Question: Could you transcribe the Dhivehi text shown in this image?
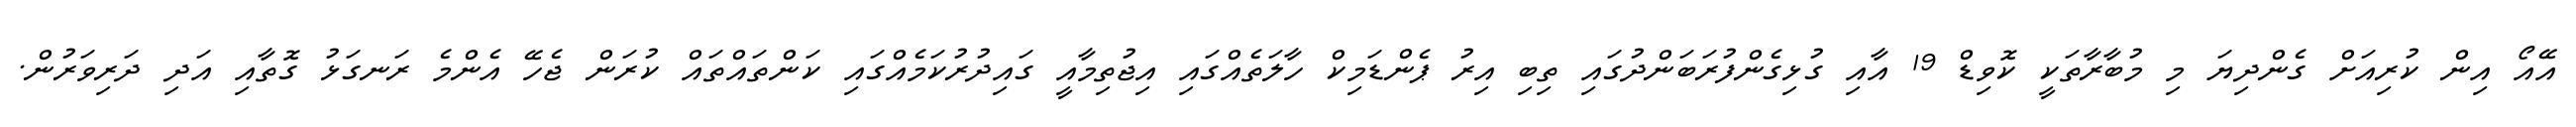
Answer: އޭއޯ އިން ކުރިއަށް ގެންދިޔަ މި މުބާރާތަކީ ކޮވިޑް 19 އާއި ގުޅިގެންފުރަބަންދުގައި ތިބި އިރު ޕެންޑަމިކް ހާލަތެއްގައި އިޖުތިމާއީ ގައިދުރުކަމެއްގައި ކަންތައްތައް ކުރަން ޖެހޭ އެންމެ ރަނގަޅު ގޮތާއި އަދި ދަރިވަރުން.